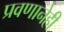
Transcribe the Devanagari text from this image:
प्रवणानेही